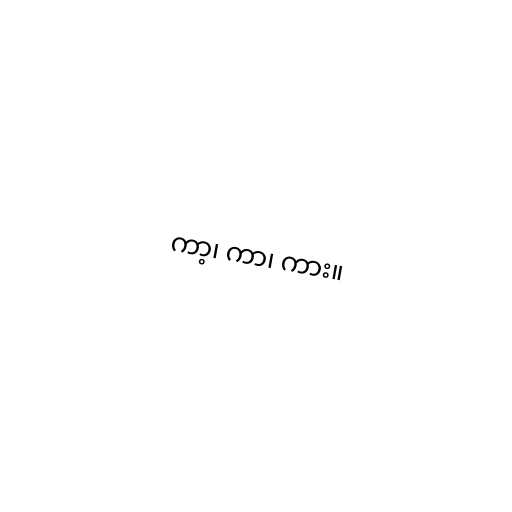
ကာ့၊ ကာ၊ ကား။